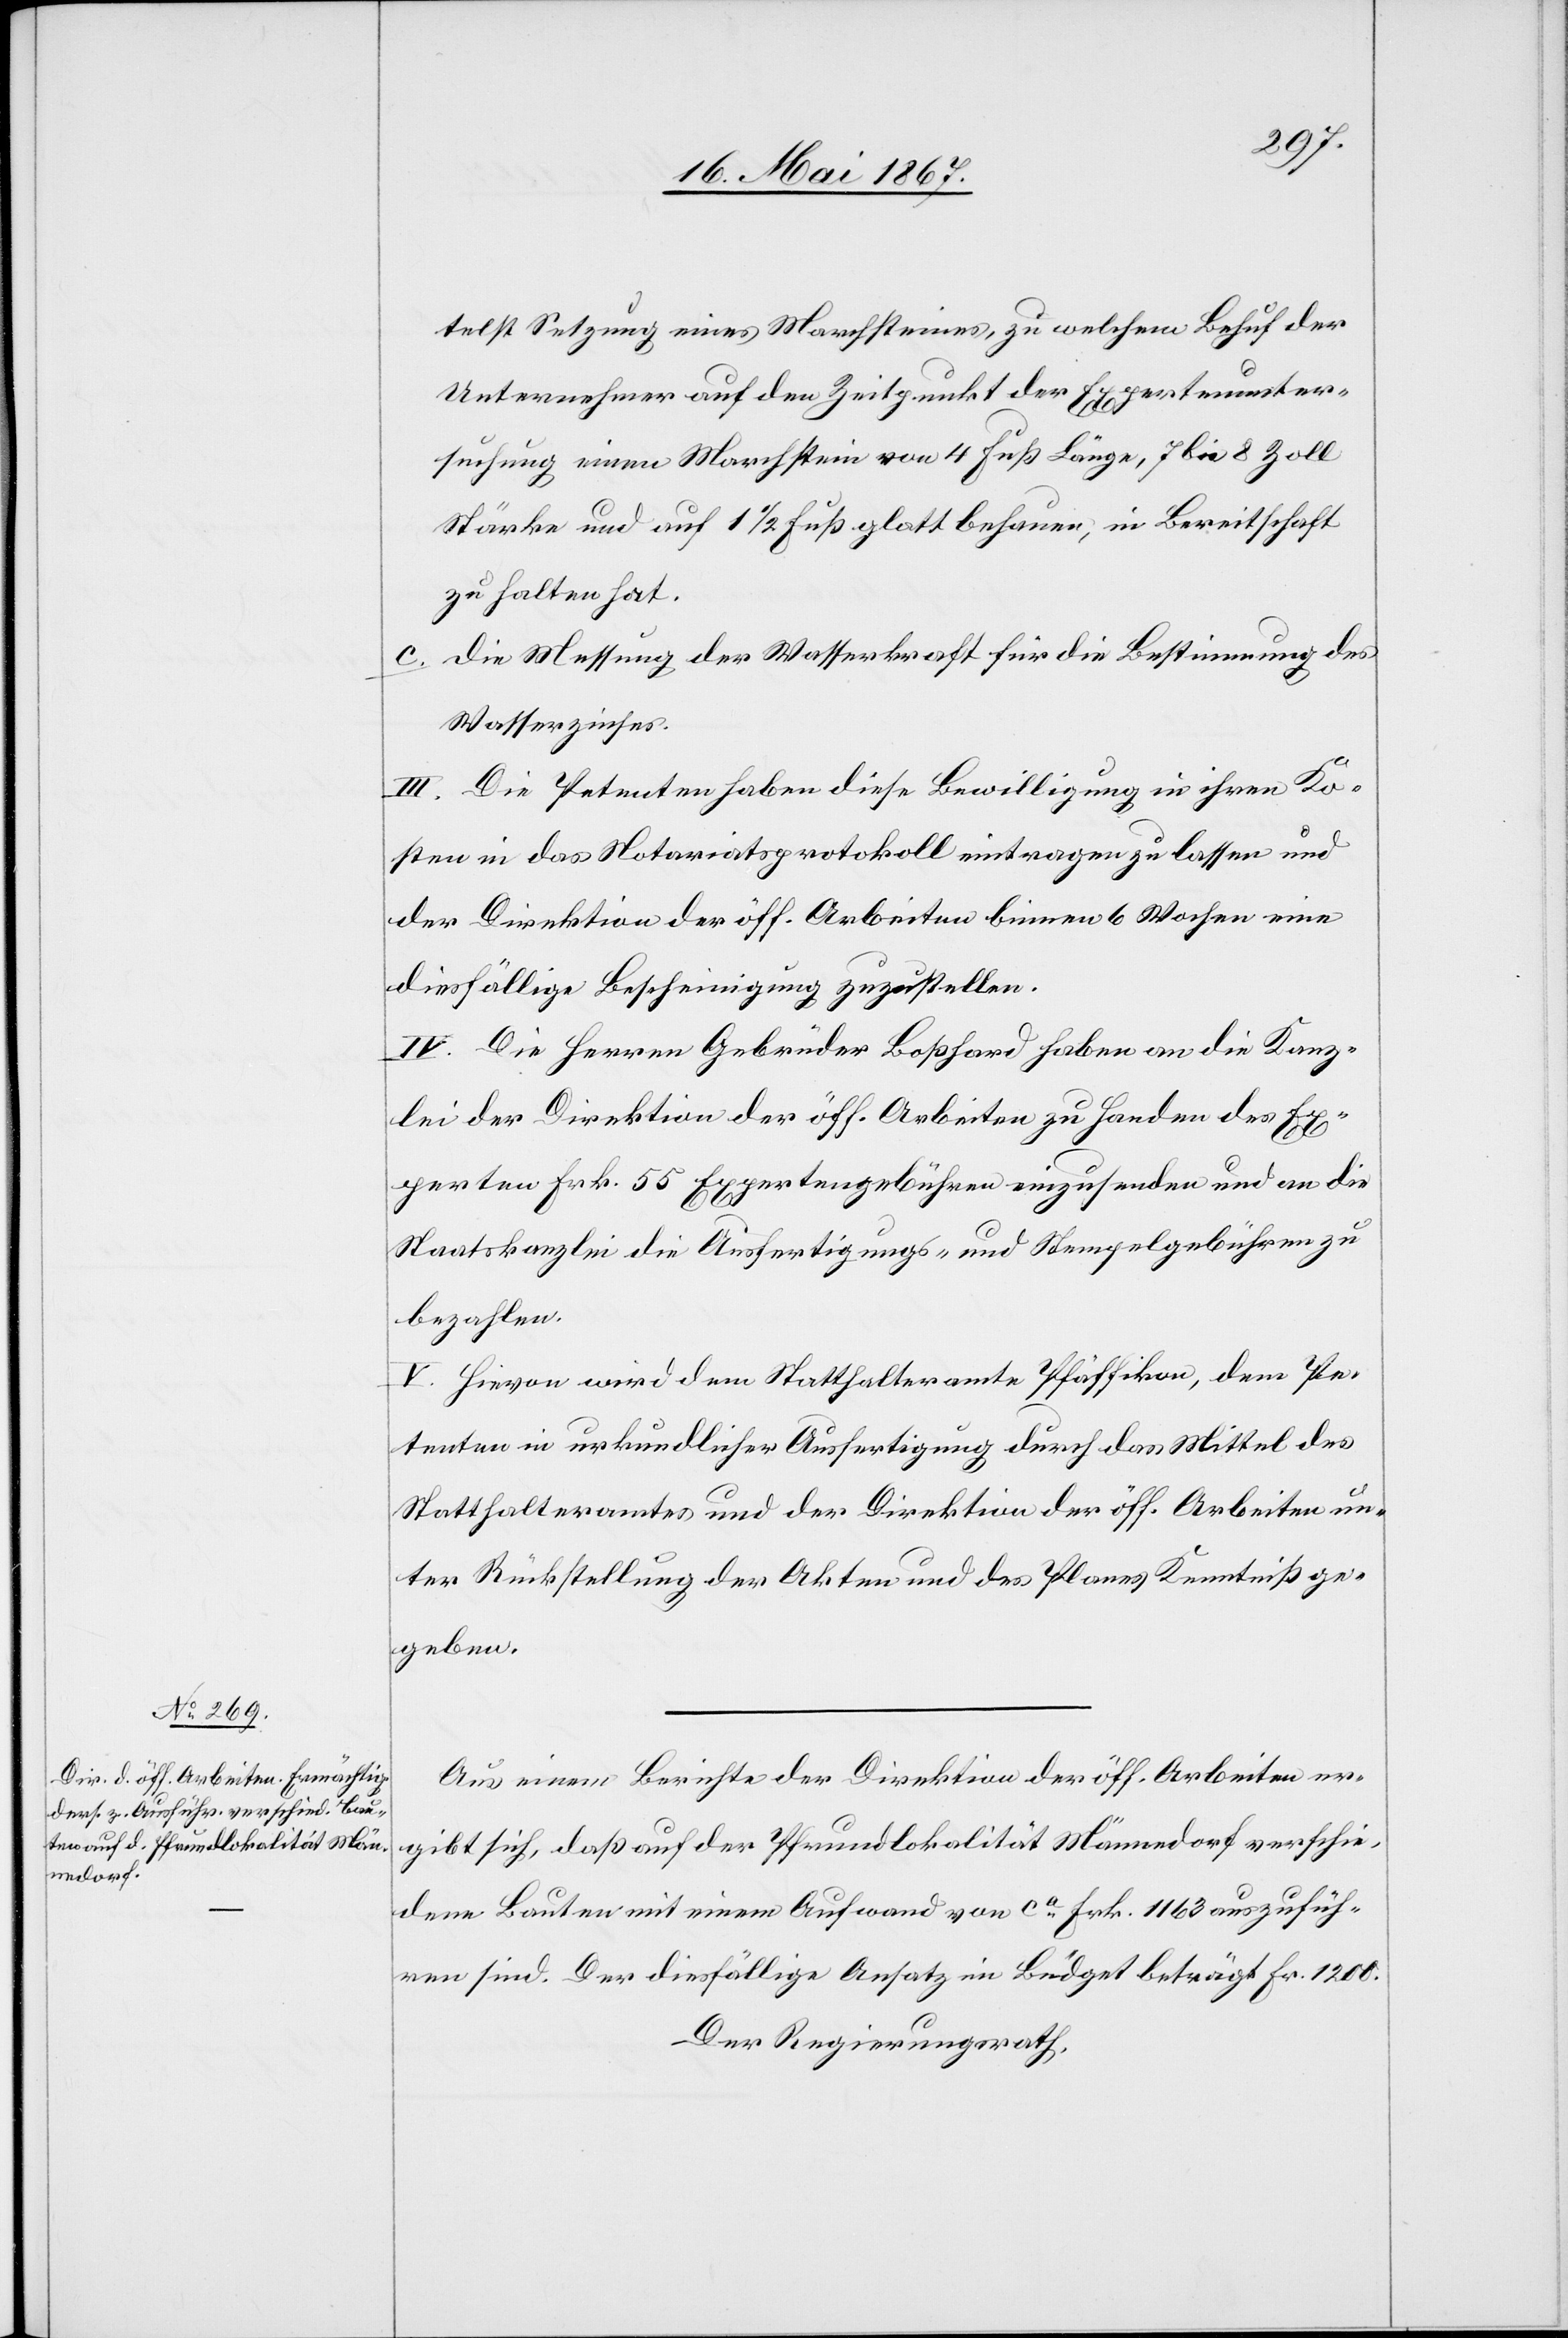
telst Setzung eines Marchsteines, zu welchem Behuf der
Unternehmer auf den Zeitpunkt der Expertenunter¬
suchung einen Marchstein von 4 Fuß Länge, 7 bis 8 Zoll
Stärke und auf 1 1/2 Fuß glatt behauen, in Bereitschaft
zu halten hat.
c.	die Messung der Wasserkraft für die Bestimmung des
Wasserzinses.
III. Die Petenten haben diese Bewilligung in ihren Ko¬
sten in das Notariatsprotokoll eintragen zu lassen und
der Direktion der öff. Arbeiten binnen 6 Wochen eine
diesfällige Bescheinigung zuzustellen.
IV. Die Herren Gebrüder Boßhard haben an die Kanz¬
lei der Direktion der öff. Arbeiten zu Handen des Ex¬
perten Frk. 55 Expertengebühren einzusenden und an die
Staatskanzlei die Ausfertigungs- und Stempelgebühren zu
bezahlen.
V. Hievon wird dem Statthalteramte Pfäffikon, dem Pe¬
tenten in urkundlicher Ausfertigung durch das Mittel des
Statthalteramtes und der Direktion der öff. Arbeiten un¬
ter Rückstellung der Akten und des Planes Kenntniß ge¬
geben.
Aus einem Berichte der Direktion der öff. Arbeiten er¬
gibt sich, daß auf der Pfrundlokalität Männedorf verschie¬
dene Bauten mit einem Aufwand von ca. Frk. 1163 auszufüh¬
ren sind. Der diesfällige Ansatz im Budget beträgt Fr. 1200.
Der Regierungsrath,